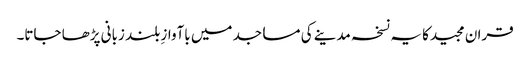
قران مجیدکا یہ نسخہ مدینے کی مساجد میں باآوازِ بلند زبانی پڑھا جاتا۔